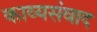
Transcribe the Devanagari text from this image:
काव्यसंवाद